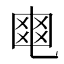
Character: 𤕣